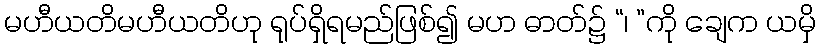
မဟီယတိမဟီယတိဟု ရုပ်ရှိရမည်ဖြစ်၍ မဟ ဓာတ်၌ “၊ ”ကို ချေက ယမှိ